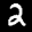
Label: 2